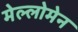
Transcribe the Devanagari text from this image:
मेल्लोमेन